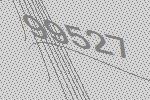
99527